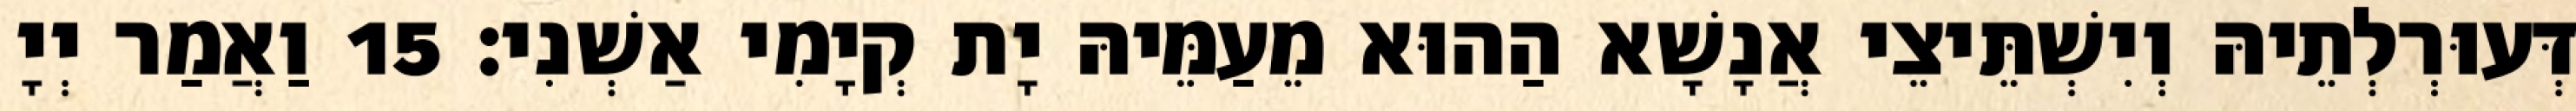
דְּעוּרְלְתֵיהּ וְיִשְׁתֵּיצֵי אֲנָשָׁא הַהוּא מֵעַמֵּיהּ יָת קְיָמִי אַשְׁנִי׃ 15 וַאֲמַר יְיָ